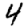
Digit: 4